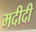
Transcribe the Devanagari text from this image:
मदीदी